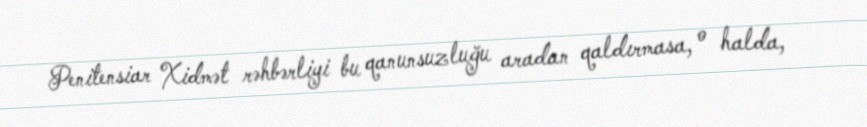
Penitensiar Xidmət rəhbərliyi bu qanunsuzluğu aradan qaldırmasa, o halda,